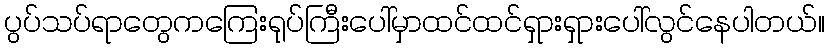
ပွပ်သပ်ရာတွေကကြေးရုပ်ကြီးပေါ်မှာထင်ထင်ရှားရှားပေါ်လွင်နေပါတယ်။